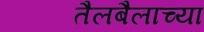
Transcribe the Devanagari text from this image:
तैलबैलाच्या